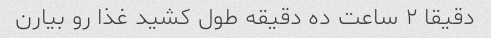
دقیقا ٢ ساعت ده دقیقه طول کشید غذا رو بیارن